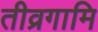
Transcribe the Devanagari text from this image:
तीव्रगामि